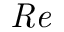
\mathit { R e }